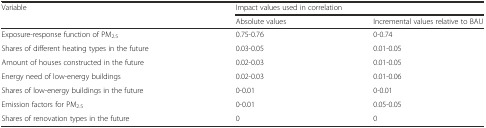
| Variable | <COLSPAN=2> Impact values used in correlation |
 |  | Absolute values | Incremental values relative to BAU |
 | --- | --- | --- |
 | Exposure-response function of PM2.5 | 0.75-0.76 | 0-0.74 |
 | Shares of different heating types in the future | 0.03-0.05 | 0.01-0.05 |
 | Amount of houses constructed in the future | 0.02-0.03 | 0.01-0.05 |
 | Energy need of low-energy buildings | 0.02-0.03 | 0.01-0.06 |
 | Shares of low-energy buildings in the future | 0-0.01 | 0-0.01 |
 | Emission factors for PM2.5 | 0-0.01 | 0.05-0.05 |
 | Shares of renovation types in the future | 0 | 0 |